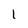
Character: 1